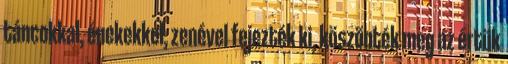
táncokkal, énekekkel, zenével fejezték ki, köszönték meg az értük